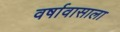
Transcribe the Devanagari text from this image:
वर्षावासाला